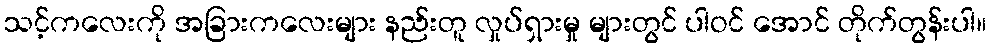
သင့်ကလေးကို အခြားကလေးများ နည်းတူ လှုပ်ရှားမှု များတွင် ပါဝင် အောင် တိုက်တွန်းပါ။